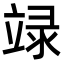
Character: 𥪋